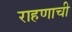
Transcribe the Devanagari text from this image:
राहणाची